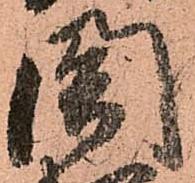
閤